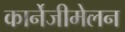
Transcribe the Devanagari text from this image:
कार्नेजीमेलन